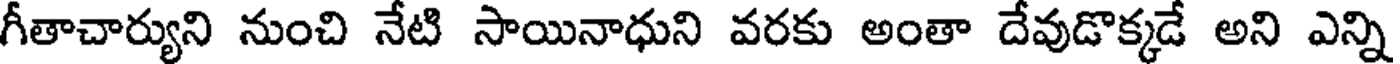
గీతాచార్యుని నుంచి నేటి సాయినాధుని వరకు అంతా దేవుడొక్కడే అని ఎన్ని